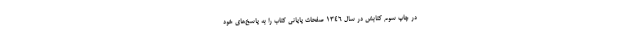
در چاپ سوم کتابش در سال 1346 صفحات پایانی کتاب را به پاسخ‌های خود